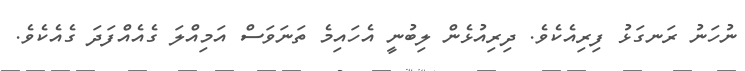
ނުހަނު ރަނގަޅު ފިރިއެކެވެ. ދިރިއުޅެން ލިބުނީ އެހައިމެ ތަނަވަސް އަމިއްލަ ގެއެއްފަދަ ގެއެކެވެ.